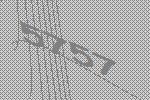
5757